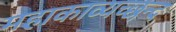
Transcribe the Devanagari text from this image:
महाकाव्यच्छन्द